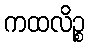
ကထလိဉ္စ